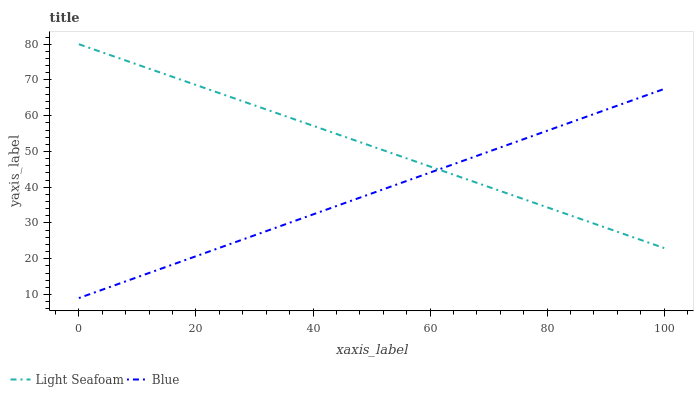
| xaxis_label | Light Seafoam | Blue |
 | --- | --- | --- |
 | 0 | 80 | 9 |
 | 8.33 | 75.2 | 13.9 |
 | 16.7 | 70.5 | 18.7 |
 | 25 | 65.7 | 23.6 |
 | 33.3 | 61 | 28.5 |
 | 41.7 | 56.2 | 33.4 |
 | 50 | 51.5 | 38.2 |
 | 58.3 | 46.7 | 43.1 |
 | 66.7 | 42 | 48 |
 | 75 | 37.2 | 52.9 |
 | 83.3 | 32.5 | 57.7 |
 | 91.7 | 27.7 | 62.6 |
 | 100 | 23 | 67.5 |